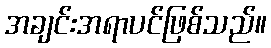
အချင်းအရာပင်ဖြစ်သည်။